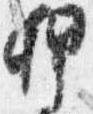
押